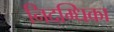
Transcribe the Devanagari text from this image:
निदग्धिका